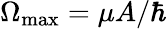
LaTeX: \Omega_{\textrm{max}}=\mu A/\hbar